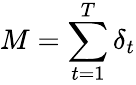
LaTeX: M=\sum_{t=1}^{T}\delta_{t}